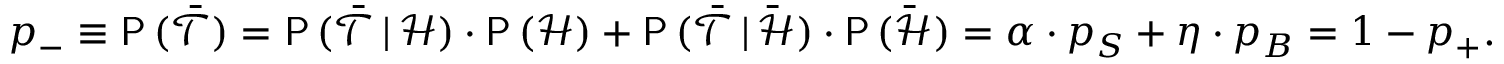
p _ { - } \equiv \mathsf { P } \, ( \bar { \mathcal { T } } ) = \mathsf { P } \, ( \bar { \mathcal { T } } \, | \, \mathcal { H } ) \cdot \mathsf { P } \, ( \mathcal { H } ) + \mathsf { P } \, ( \bar { \mathcal { T } } \, | \, \bar { \mathcal { H } } ) \cdot \mathsf { P } \, ( \bar { \mathcal { H } } ) = \alpha \cdot p _ { S } + \eta \cdot p _ { B } = 1 - p _ { + } .